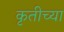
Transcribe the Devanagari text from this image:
कृतीच्या